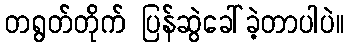
တရွတ်တိုက် ပြန်ဆွဲခေါ်ခဲ့တာပါပဲ။